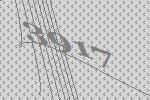
3917